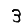
Digit: 3